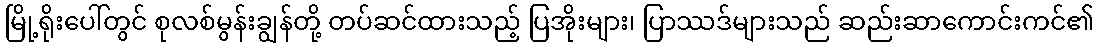
မြို့ရိုးပေါ်တွင် စုလစ်မွန်းချွန်တို့ တပ်ဆင်ထားသည့် ပြအိုးများ၊ ပြာဿဒ်များသည် ဆည်းဆာကောင်းကင်၏